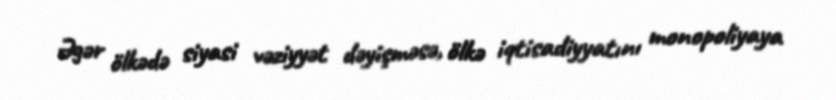
Əgər ölkədə siyasi vəziyyət dəyişməsə, ölkə iqtisadiyyatını monopoliyaya